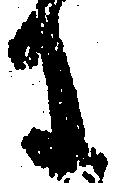
に